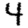
Digit: 4